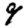
Digit: 9